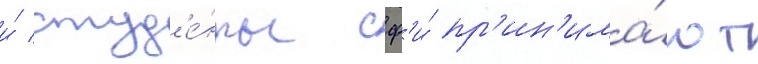
и́ студ'е́нты сф'и́ пр'ин'има́ют